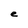
Character: e